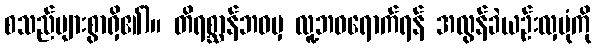
စသည်များစွာရှိ၏)။ တိရစ္ဆာန်ဘဝမှ လူ့ဘဝရောက်ရန် အလွန်ခဲယဉ်းလှပုံကို